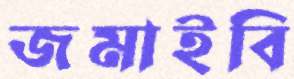
জমাইবি